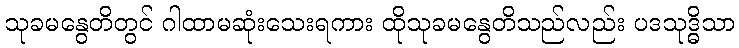
သုခမနွေတိတွင် ဂါထာမဆုံးသေးရကား ထိုသုခမနွေတိသည်လည်း ပဒသုဒ္ဓိသာ